Bombay plague: being a history of the progress of plague in the Bombay presidency from September 1896 to June 1899
Year: 1896
Disease focus: Plague
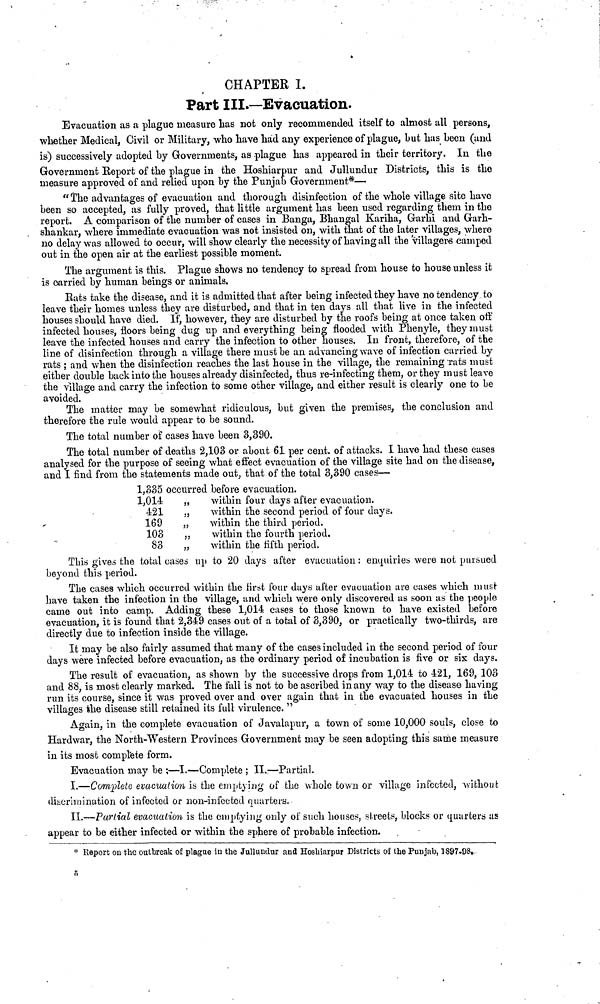
CHAPTER I.
Part III.—Evacuation.
Evacuation as a plague measure has not only recommended itself to almost all persons,
whether Medical, Civil or Military, who have had any experience of plague, but has been (and
is) successively adopted by Governments, as plague has appeared in their territory. In the
Government Report of the plague in the Hoshiarpur and Jullundur Districts, this is the
measure approved of and relied upon by the Punjab Government*—
"The advantages of evacuation and thorough disinfection of the whole village site have
been so accepted, as fully proved, that little argument has been used regarding them in the
report. A comparison of the number of cases in Banga, Bhangal Kariha, Garhi and Garh-
shankar, where immediate evacuation was not insisted on, with that of the later villages, where
no delay was allowed to occur, will show clearly the necessity of having all the villagers camped
out in the open air at the earliest possible moment.
The argument is this. Plague shows no tendency to spread from house to house unless it
is carried by human beings or animals.
Rats take the disease, and it is admitted that after being infected they have no tendency to
leave their homes unless they are disturbed, and that in ten days all that live in the infected
houses should have died. If, however, they are disturbed by the roofs being at once taken off
infected houses, floors being dug up and everything being flooded with Phenyle, they must
leave the infected houses and carry the infection to other houses. In front, therefore, of the
line of disinfection through a village there must be an advancing wave of infection carried by
rats ; and when the disinfection reaches the last house in the village, the remaining Tats must
either double back into the houses already disinfected, thus re-infecting them, or they must leave
the Village and carry the infection to some other village, and either result is clearly one to be
avoided.
The matter may be somewhat ridiculous, but given the premises, the conclusion and
therefore the rule would appear to be sound.
The total number of cases have been 3,390.
The total number of deaths 2,103 or about 61 per cent. of attacks. I have had these cases
analysed for the purpose of seeing what effect evacuation of the village site had on the disease,
and I find from the statements made out, that of the total 3,390 cases—
1,335 occurred before evacuation.
1,014
„
within four days after evacuation.
421
„
within the second period of four days.
169
„
within the third period.
103
„
within the fourth period.
83
„
within the fifth period.
This gives the total cases up to 20 days after evacuation : enquiries were not pursued
beyond this period.
The cases which occurred within the first four days after evacuation are cases which must
have taken the infection in the village, and which were only discovered as soon us the people
came out into camp. Adding these 1,014 cases to those known to have existed before
evacuation, it is found that 2,349 cases out of a total of 3,390, or practically two-thirds, are
directly due to infection inside the village.
It may be also fairly assumed that many of the cases included in the second period of four
days were infected before evacuation, as the ordinary period of incubation is five or six days.
The result of evacuation, as shown by the successive drops from 1,014 to 421, 169, 103
and 88, is most clearly marked. The fall is not to be ascribed in any way to the disease having
run its course, since it was proved over and over again that in the evacuated houses in the
villages the disease still retained its full virulence."
Again, in the complete evacuation of Javalapur, a town of some 10,000 souls, close to
Hardwar, the North-Western Provinces Government may be seen adopting this same measure
in its most complete form.
Evacuation may be :—I.—Complete ; II.—Partial.
I.—Complete, evacuation is the emptying of the whole town or village infected, without
discrimination of infected or non-infected quarters.
II.—Partial evacuation is the emptying only of such houses, streets, blocks or quarters us
appear to be either infected or within the sphere of probable infection.
*Report on the outbreak of plague in the Jullundur and Hoshiarpur Districts of the Punjab, 1897.98.
5